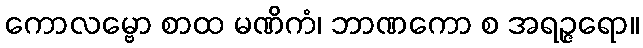
ကောလမ္ဗော စာထ မဏိကံ၊ ဘာဏကော စ အရဉ္ဇရော။